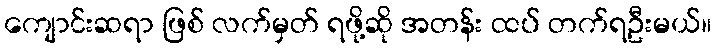
ကျောင်းဆရာ ဖြစ် လက်မှတ် ရဖို့ဆို အတန်း ထပ် တက်ရဦးမယ်။